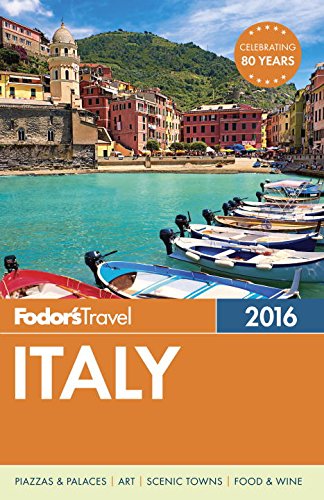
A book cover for Fodor's Italy 2016 (Full-color Travel Guide); Fodor's; Travel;